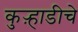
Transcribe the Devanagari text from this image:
कुऱ्हाडीचे